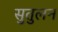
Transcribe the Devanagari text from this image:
सुतुलन